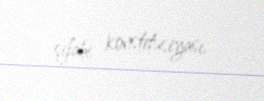
şifahi konstitusiyası.